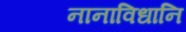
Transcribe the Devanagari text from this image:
नानाविधानि